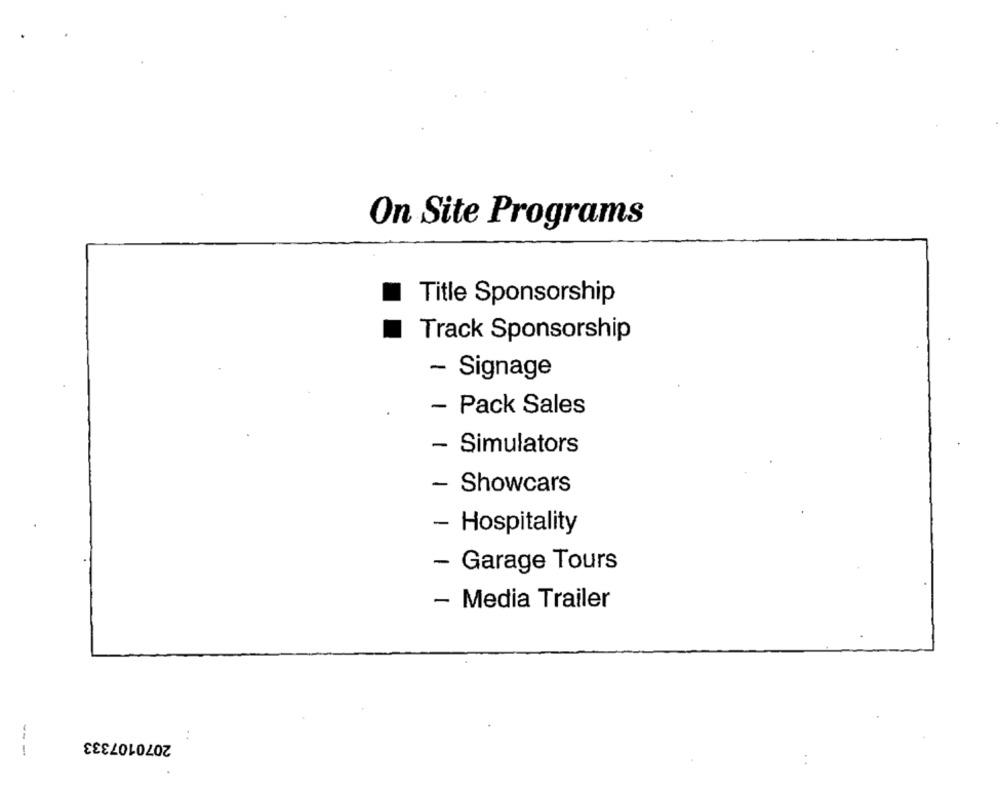
On Site Programs
Title Sponsorship
Track Sponsorship
- Signage
Pack Sales
- Simulators
- Showcars
Hospitality
- Garage Tours
- Media Trailer
2070107333
..
---